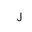
Letter: _lam